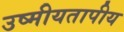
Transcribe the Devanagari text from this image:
उष्मीयतापीय